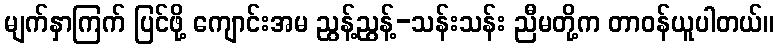
မျက်နှာကြက် ပြင်ဖို့ ကျောင်းအမ ညွန့်ညွန့်-သန်းသန်း ညီမတို့က တာဝန်ယူပါတယ်။